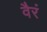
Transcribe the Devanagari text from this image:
वैरं